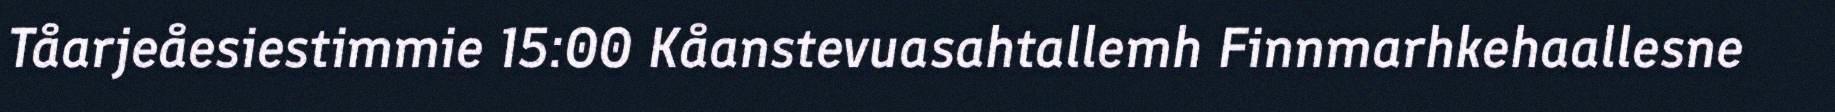
Tåarjeåesiestimmie 15:00 Kåanstevuasahtallemh Finnmarhkehaallesne